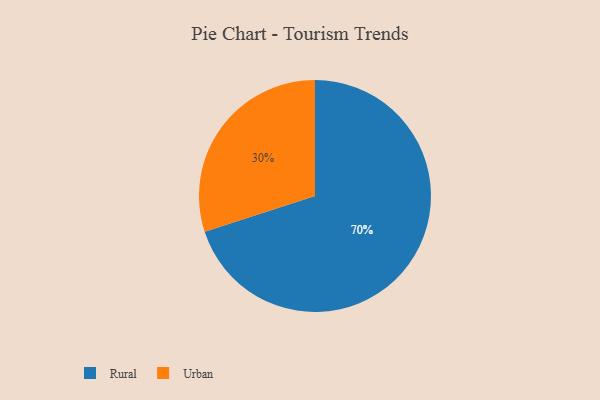
{"axis": {"x": "Category", "y": "Percentage"}, "legend": ["Rural", "Urban"], "data": [{"x": "Rural", "y": 70, "type": "Rural"}, {"x": "Urban", "y": 30, "type": "Urban"}]}